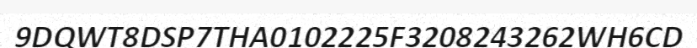
9DQWT8DSP7THA0102225F3208243262WH6CD